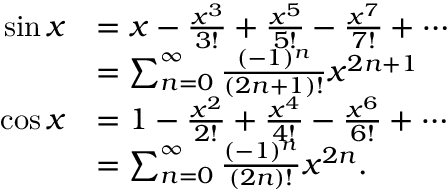
{ \begin{array} { r l } { \sin x } & { = x - { \frac { x ^ { 3 } } { 3 ! } } + { \frac { x ^ { 5 } } { 5 ! } } - { \frac { x ^ { 7 } } { 7 ! } } + \cdots } \\ & { = \sum _ { n = 0 } ^ { \infty } { \frac { ( - 1 ) ^ { n } } { ( 2 n + 1 ) ! } } x ^ { 2 n + 1 } } \\ { \cos x } & { = 1 - { \frac { x ^ { 2 } } { 2 ! } } + { \frac { x ^ { 4 } } { 4 ! } } - { \frac { x ^ { 6 } } { 6 ! } } + \cdots } \\ & { = \sum _ { n = 0 } ^ { \infty } { \frac { ( - 1 ) ^ { n } } { ( 2 n ) ! } } x ^ { 2 n } . } \end{array} }